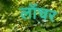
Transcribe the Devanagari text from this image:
लॉंचर